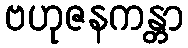
ဗဟုဇနကန္တာ